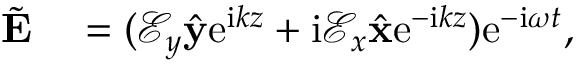
\begin{array} { r l } { \tilde { \mathbf { E } } } & { { } = ( \mathcal { E } _ { y } \hat { \mathbf { y } } \mathrm { e } ^ { \mathrm { i } k z } + \mathrm { i } \mathcal { E } _ { x } \hat { \mathbf { x } } \mathrm { e } ^ { - \mathrm { i } k z } ) \mathrm { e } ^ { - \mathrm { i } \omega t } , } \end{array}